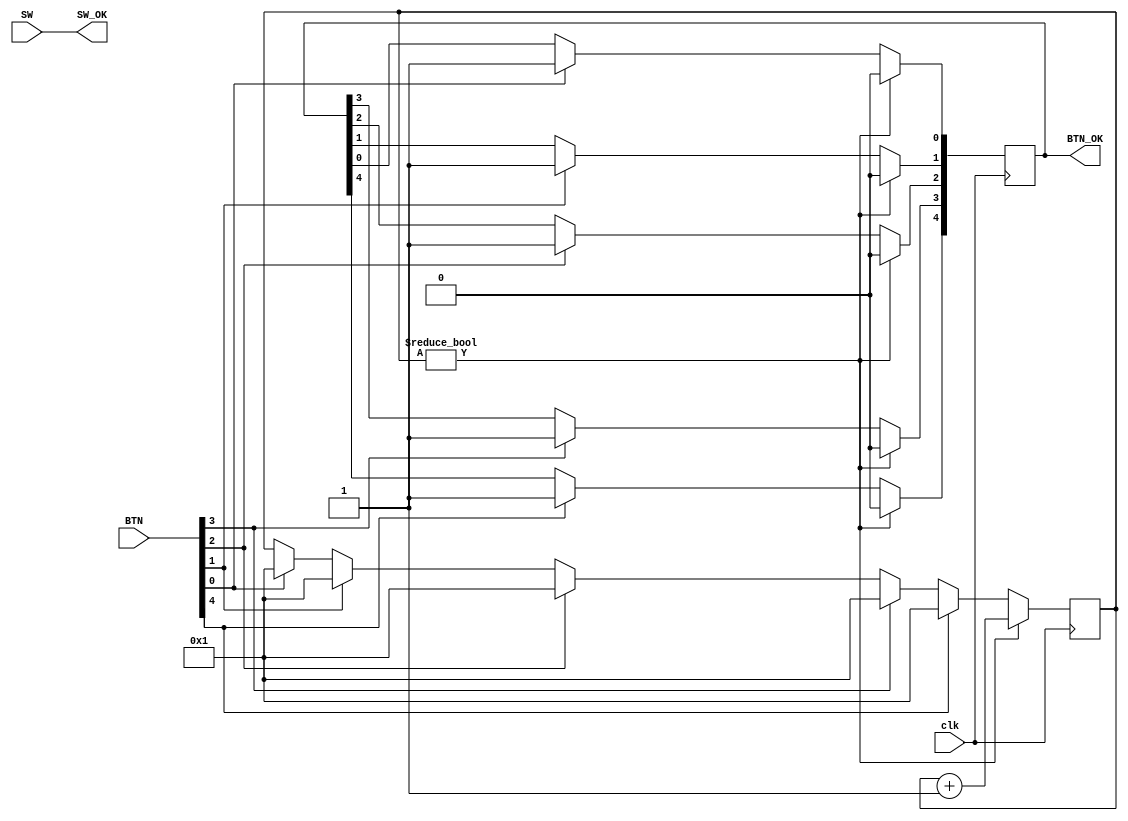
module Anti_jitter(
    input clk,
    input [4:0] BTN,
    input [15:0] SW,
    output [15:0] SW_OK,
    output reg [4:0] BTN_OK = 5'b00000
);
    reg [23:0] counter = 24'h000_0000;
    assign SW_OK = SW;

    always @(posedge clk) begin
        if(counter != 24'h000_0000) begin
            counter <= counter + 1;
            BTN_OK <= 5'b00000;         
        end else begin
            if(BTN[0]) begin
                BTN_OK[0] <= 1;
                counter <= 1;        
            end                 
            if(BTN[1]) begin
                BTN_OK[1] <= 1;
                counter <= 1;        
            end 
            if(BTN[2]) begin
                BTN_OK[2] <= 1;
                counter <= 1;        
            end   
            if(BTN[3]) begin
                BTN_OK[3] <= 1;
                counter <= 1;        
            end   
            if(BTN[4]) begin
                BTN_OK[4] <= 1;
                counter <= 1;        
            end 
        end
    end

endmodule